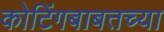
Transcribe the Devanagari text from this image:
कोटिंगबाबतच्या